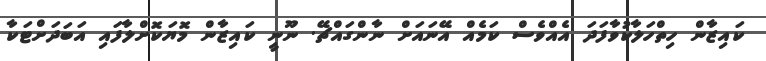
ކައިޒާން ހިތްހަލާކުވާފަދަ އެއްވެސް ކަމެއް އޭނައަށް ނާންގައްޗޭ. ނޫނީ ކައިޒާން މޮޔަކޮށްލާފައި އަބަދަށްޓަކާ